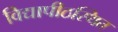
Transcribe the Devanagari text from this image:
विद्यापीठस्थित